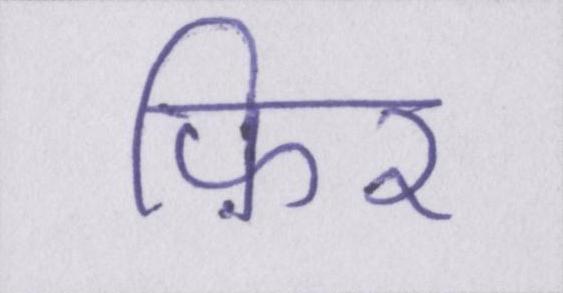
फ़िर